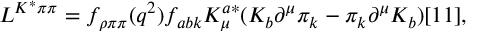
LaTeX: { \cal L } ^ { K ^ { * } \pi \pi } = f _ { \rho \pi \pi } ( q ^ { 2 } ) f _ { a b k } K _ { \mu } ^ { a * } ( K _ { b } \partial ^ { \mu } \pi _ { k } - \pi _ { k } \partial ^ { \mu } K _ { b } ) [ 1 1 ] ,